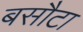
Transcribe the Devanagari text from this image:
बसौटा